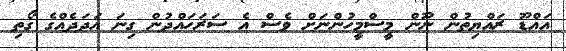
އައްޑޫ ރައްޔިތުން ނޫން މީސްމީހުންނަށް ވެސް އެ ސަރަހައްދުން ގިނަ އަދަދެއްގެ ގޯތި